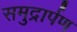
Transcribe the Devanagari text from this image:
समुद्रार्पण